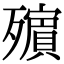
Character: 𣩵